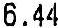
6.44